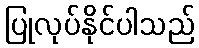
ပြုလုပ်နိုင်ပါသည်